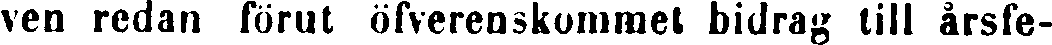
ven redan förut öfverenskommet bidrag till årsfe-